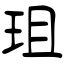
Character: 珇